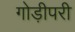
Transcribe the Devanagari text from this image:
गोड़ीपरी